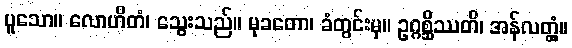
ပူသော။ လောဟိတံ၊ သွေးသည်။ မုခတော၊ ခံတွင်းမှ။ ဥဂ္ဂစ္ဆိဿတိ၊ အန်လတ္တံ့။